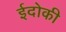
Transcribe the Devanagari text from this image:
ईदोकी